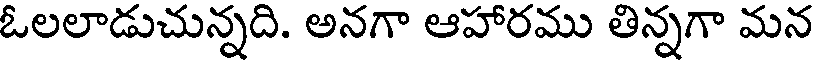
ఓలలాడుచున్నది. అనగా ఆహారము తిన్నగా మన